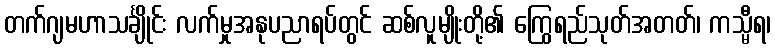
တက်ဂျမဟာသင်္ချိုင်း လက်မှုအနုပညာရပ်တွင် ဆစ်လူမျိုးတို့၏ ကြွေရည်သုတ်အတတ်၊ ကသ္မီရ၊